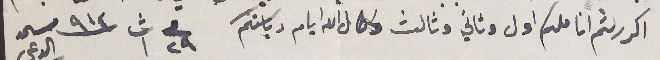
اكرر لثم اناملكم اول وثاني وثالث واطال الله ايام رياستكم  فى ٢٩ ت١ ٩١٤                                                                         مستمد الدعى